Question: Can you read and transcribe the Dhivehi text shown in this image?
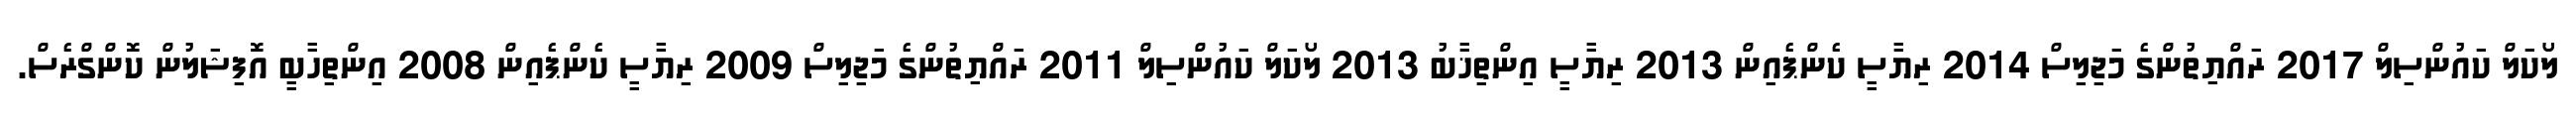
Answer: ލޯކަލް ކައުންސިލް 2017 ރައްޔިތުންގެ މަޖިލިސް 2014 ރިޔާސީ ކެންޕެއިން 2013 ރިޔާސީ އިންތިޚާބު 2013 ލޯކަލް ކައުންސިލް 2011 ރައްޔިތުންގެ މަޖިލިސް 2009 ރިޔާސީ ކެންޕެއިން 2008 އިންތިހާބީ އޮފިޝަލުން ކޮންގްރެސް.